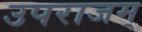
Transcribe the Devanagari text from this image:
उपराजम्